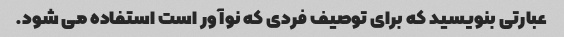
عبارتی بنویسید که برای توصیف فردی که نوآور است استفاده می شود.